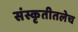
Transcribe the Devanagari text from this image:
संस्कृतीतलेच